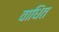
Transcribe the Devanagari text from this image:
वाधित